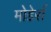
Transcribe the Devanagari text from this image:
मोडेर्स